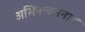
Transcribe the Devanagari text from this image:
अभिनन्दननाथ